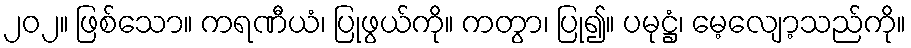
၂၀၂။ ဖြစ်သော။ ကရဏီယံ၊ ပြုဖွယ်ကို။ ကတွာ၊ ပြု၍။ ပမုဋ္ဌံ၊ မေ့လျော့သည်ကို။